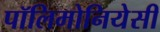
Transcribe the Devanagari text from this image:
पॉलिमोनियेसी